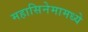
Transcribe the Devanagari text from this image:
महासिनेमामध्ये